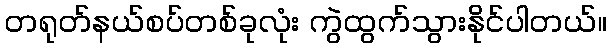
တရုတ်နယ်စပ်တစ်ခုလုံး ကွဲထွက်သွားနိုင်ပါတယ်။